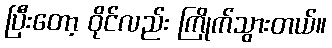
ပြီးတော့ ဝိုင်လည်း ကြိုက်သွားတယ်။